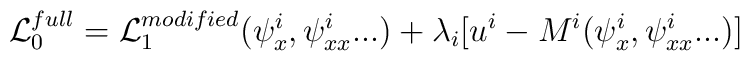
{\cal L}_0^{full} = {\cal L}_1^{modified}( \psi^i_x,\psi^i_{xx}...) + \lambda_i [ u^i - M^i(\psi^i_x,\psi^i_{xx}...) ]